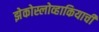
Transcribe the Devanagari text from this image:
झेकोस्लोव्हाकियाची